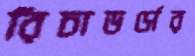
রিচাডর্সের